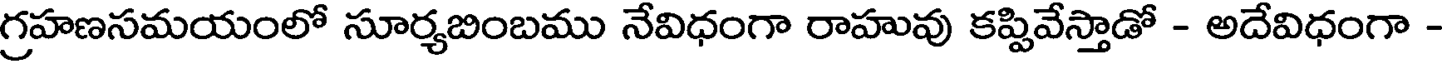
గ్రహణసమయంలో సూర్యబింబము నేవిధంగా రాహువు కప్పివేస్తాడో - అదేవిధంగా -